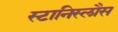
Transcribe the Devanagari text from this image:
स्टानिस्लौस